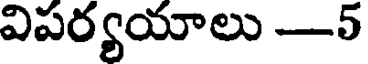
విపర్యయాలు -5